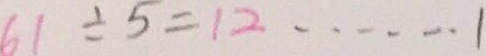
6 1 \div 5 = 1 2 \cdots 1